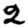
Digit: 2